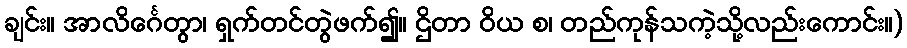
ချင်း။ အာလိင်္ဂေတွာ၊ ရှက်တင်တွဲဖက်၍။ ဌိတာ ဝိယ စ၊ တည်ကုန်သကဲ့သို့လည်းကောင်း။)